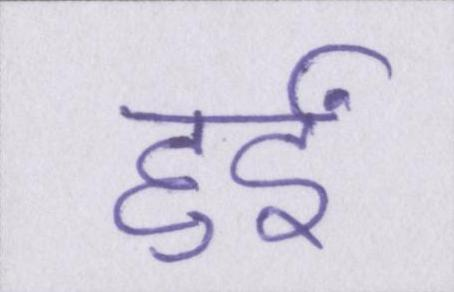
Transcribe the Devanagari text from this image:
हुईं